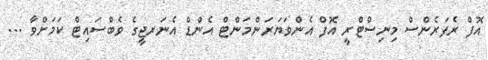
އޮފް ރެފަރެންސް މިނިސްޓްރީ އޮފް އެންވަޔަރަންމަންޓް އެންޑް އެނަރޖީގެ ވެބްސައިޓް ކަމަށްވާ ...